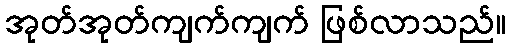
အုတ်အုတ်ကျက်ကျက် ဖြစ်လာသည်။